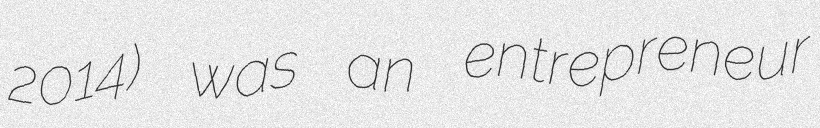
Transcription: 2014) was an entrepreneur